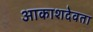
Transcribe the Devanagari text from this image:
आकाशदेवता